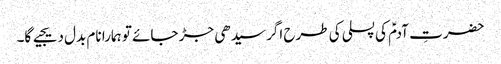
حضرتِ آدمؑ کی پسلی کی طرح اگر سیدھی جڑ جائے تو ہمارا نام بدل دیجیے گا۔